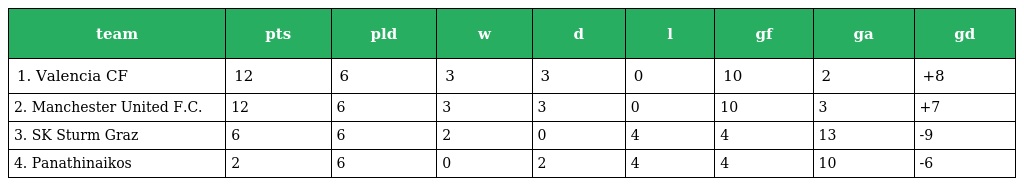
| team | pts | pld | w | d | l | gf | ga | gd |
 | --- | --- | --- | --- | --- | --- | --- | --- | --- |
 | 1. Valencia CF | 12 | 6 | 3 | 3 | 0 | 10 | 2 | +8 |
 | 2. Manchester United F.C. | 12 | 6 | 3 | 3 | 0 | 10 | 3 | +7 |
 | 3. SK Sturm Graz | 6 | 6 | 2 | 0 | 4 | 4 | 13 | -9 |
 | 4. Panathinaikos | 2 | 6 | 0 | 2 | 4 | 4 | 10 | -6 |